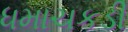
ધમાચકડી